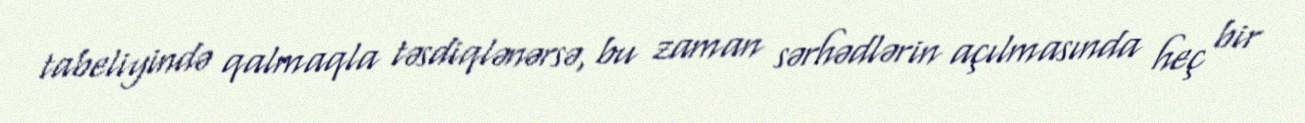
tabeliyində qalmaqla təsdiqlənərsə, bu zaman sərhədlərin açılmasında heç bir